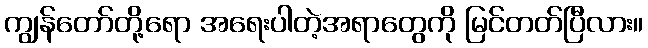
ကျွန်တော်တို့ရော အရေးပါတဲ့အရာတွေကို မြင်တတ်ပြီလား။